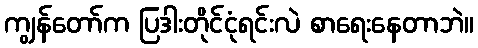
ကျွန်တော်က ပြဒါးတိုင်ငုံရင်းလဲ စာရေးနေတာဘဲ။